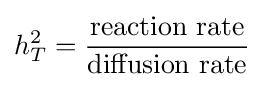
h_{T}^{2}={\dfrac {\mbox{reaction rate}}{\mbox{diffusion rate}}}